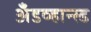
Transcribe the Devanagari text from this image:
अँडव्हान्स्ड